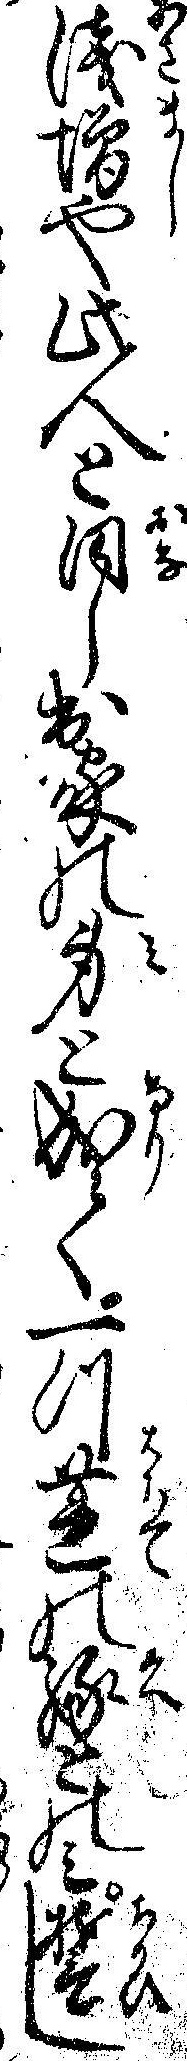
浅増や此人と同し出家の身と成て一つ蓮の縁とのミ誓し